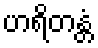
ဟရိတန္တံ